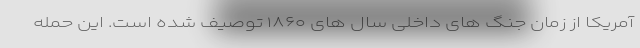
آمریکا از زمان جنگ های داخلی سال های ۱۸۶۰ توصیف شده است. این حمله